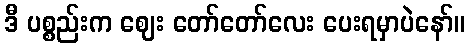
ဒီ ပစ္စည်းက ဈေး တော်တော်လေး ပေးရမှာပဲနော်။